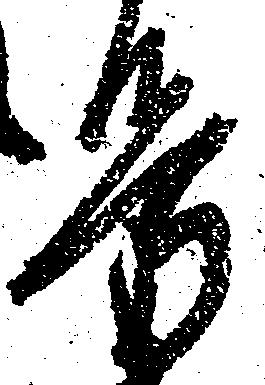
労